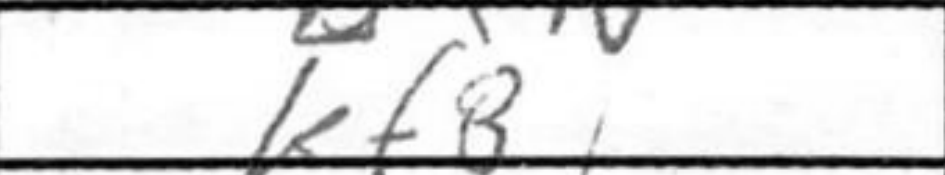
Transcription: Kf8